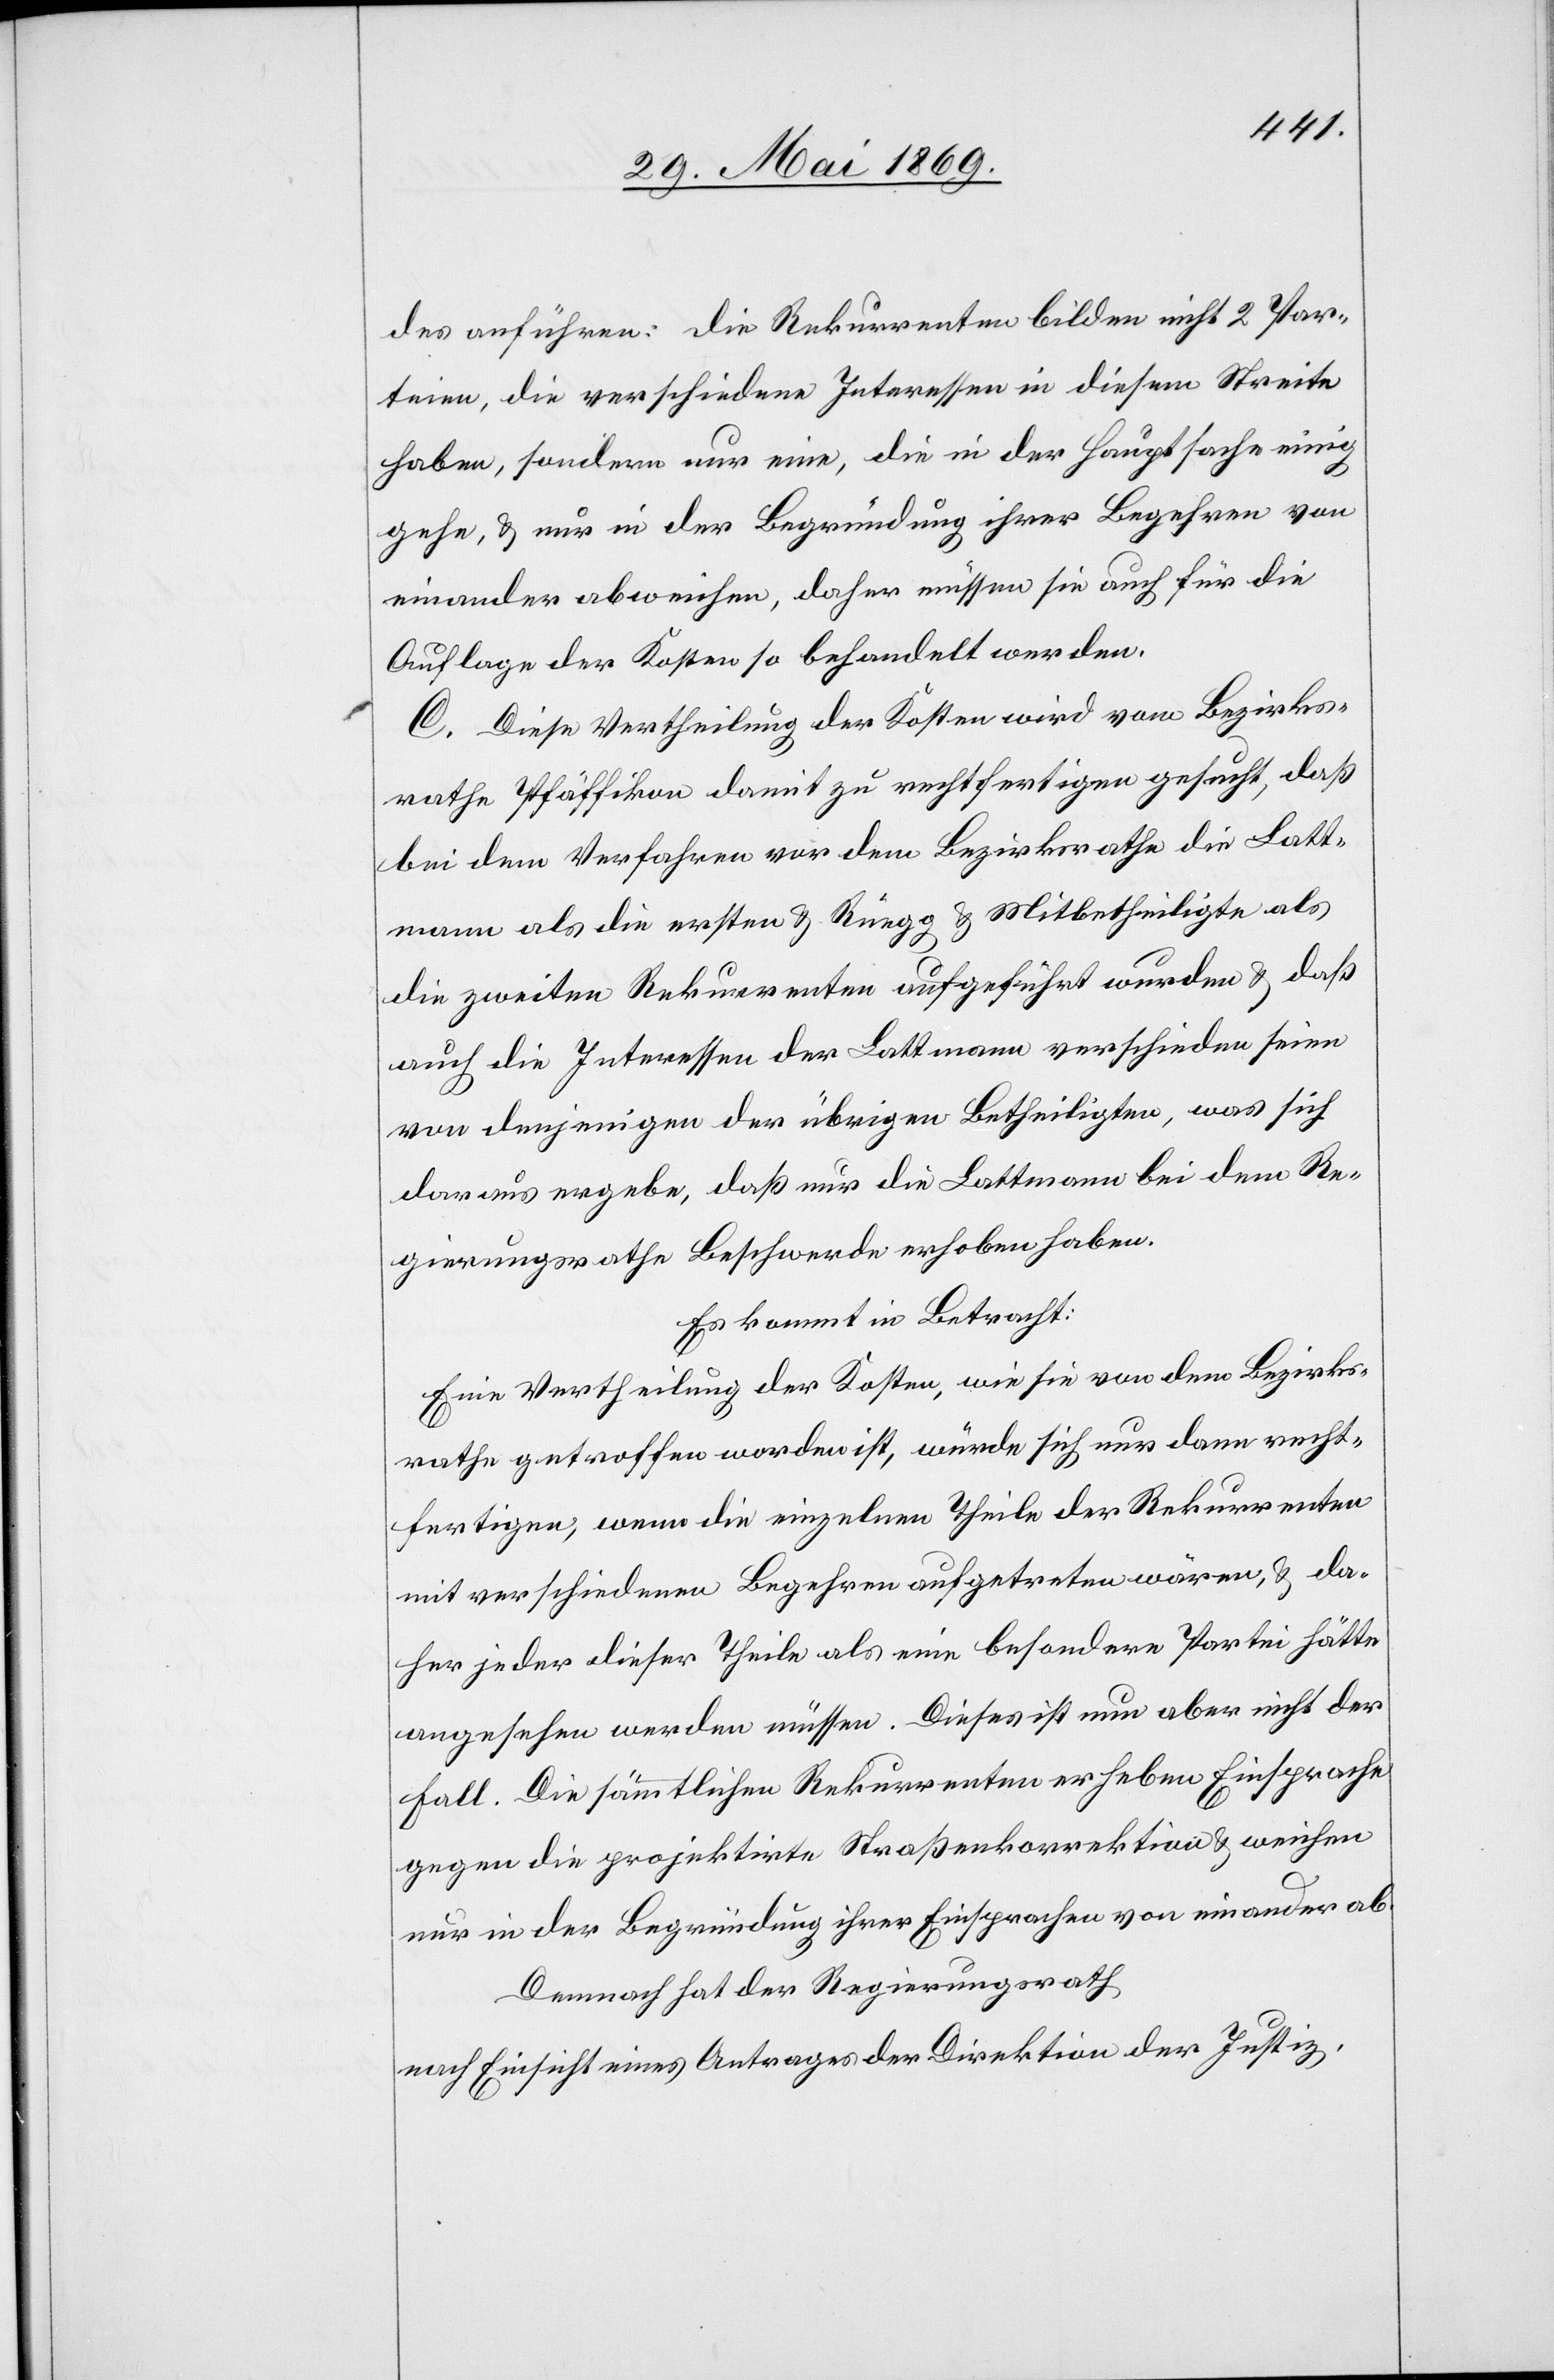
des ausführen: Die Rekurrenten bilden nicht 2 Par¬
teien, die verschiedene Interessen in diesem Streite
haben, sondern nur eine, die in der Hauptsache einig
gehe, u. nur in der Begründung ihrer Begehren von
einander abweichen, daher müssen sie auch für die
Auflage der Kosten so behandelt werden.
C. Diese Vertheilung der Kosten wird vom Bezirks¬
rathe Pfäffikon damit zu rechtfertigen gesucht, daß
bei dem Verfahren vor dem Bezirksrathe die Latt¬
mann als die ersten u. Rüegg u. Mitbetheiligte als
die zweiten Rekurrenten aufgeführt wurden u. daß
auch die Interessen der Lattmann verschieden seien
von denjenigen der übrigen Betheiligten, was sich
daraus ergebe, daß nur die Lattmann bei dem Re¬
gierungsrathe Beschwerde erhoben haben.
Es kommt in Betracht:
Eine Vertheilung der Kosten, wie sie von dem Bezirks¬
rathe getroffen worden ist, würde sich nur dann recht¬
fertigen, wenn die einzelnen Theile der Rekurrenten
mit verschiedenen Begehren aufgetreten wären, u. da¬
her jeder dieser Theile als eine besondere Partei hätte
angesehen werden müssen. Dieses ist nun aber nicht der
Fall. Die sämmtlichen Rekurrenten erheben Einsprache
gegen die projektirte Straßenkorrektion u. weichen
nur in der Begründung ihrer Einsprachen von einander ab.
Demnach hat der Regierungsrath
nach Einsicht eines Antrages der Direktion der Justiz,